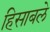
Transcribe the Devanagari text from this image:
हिसाबले